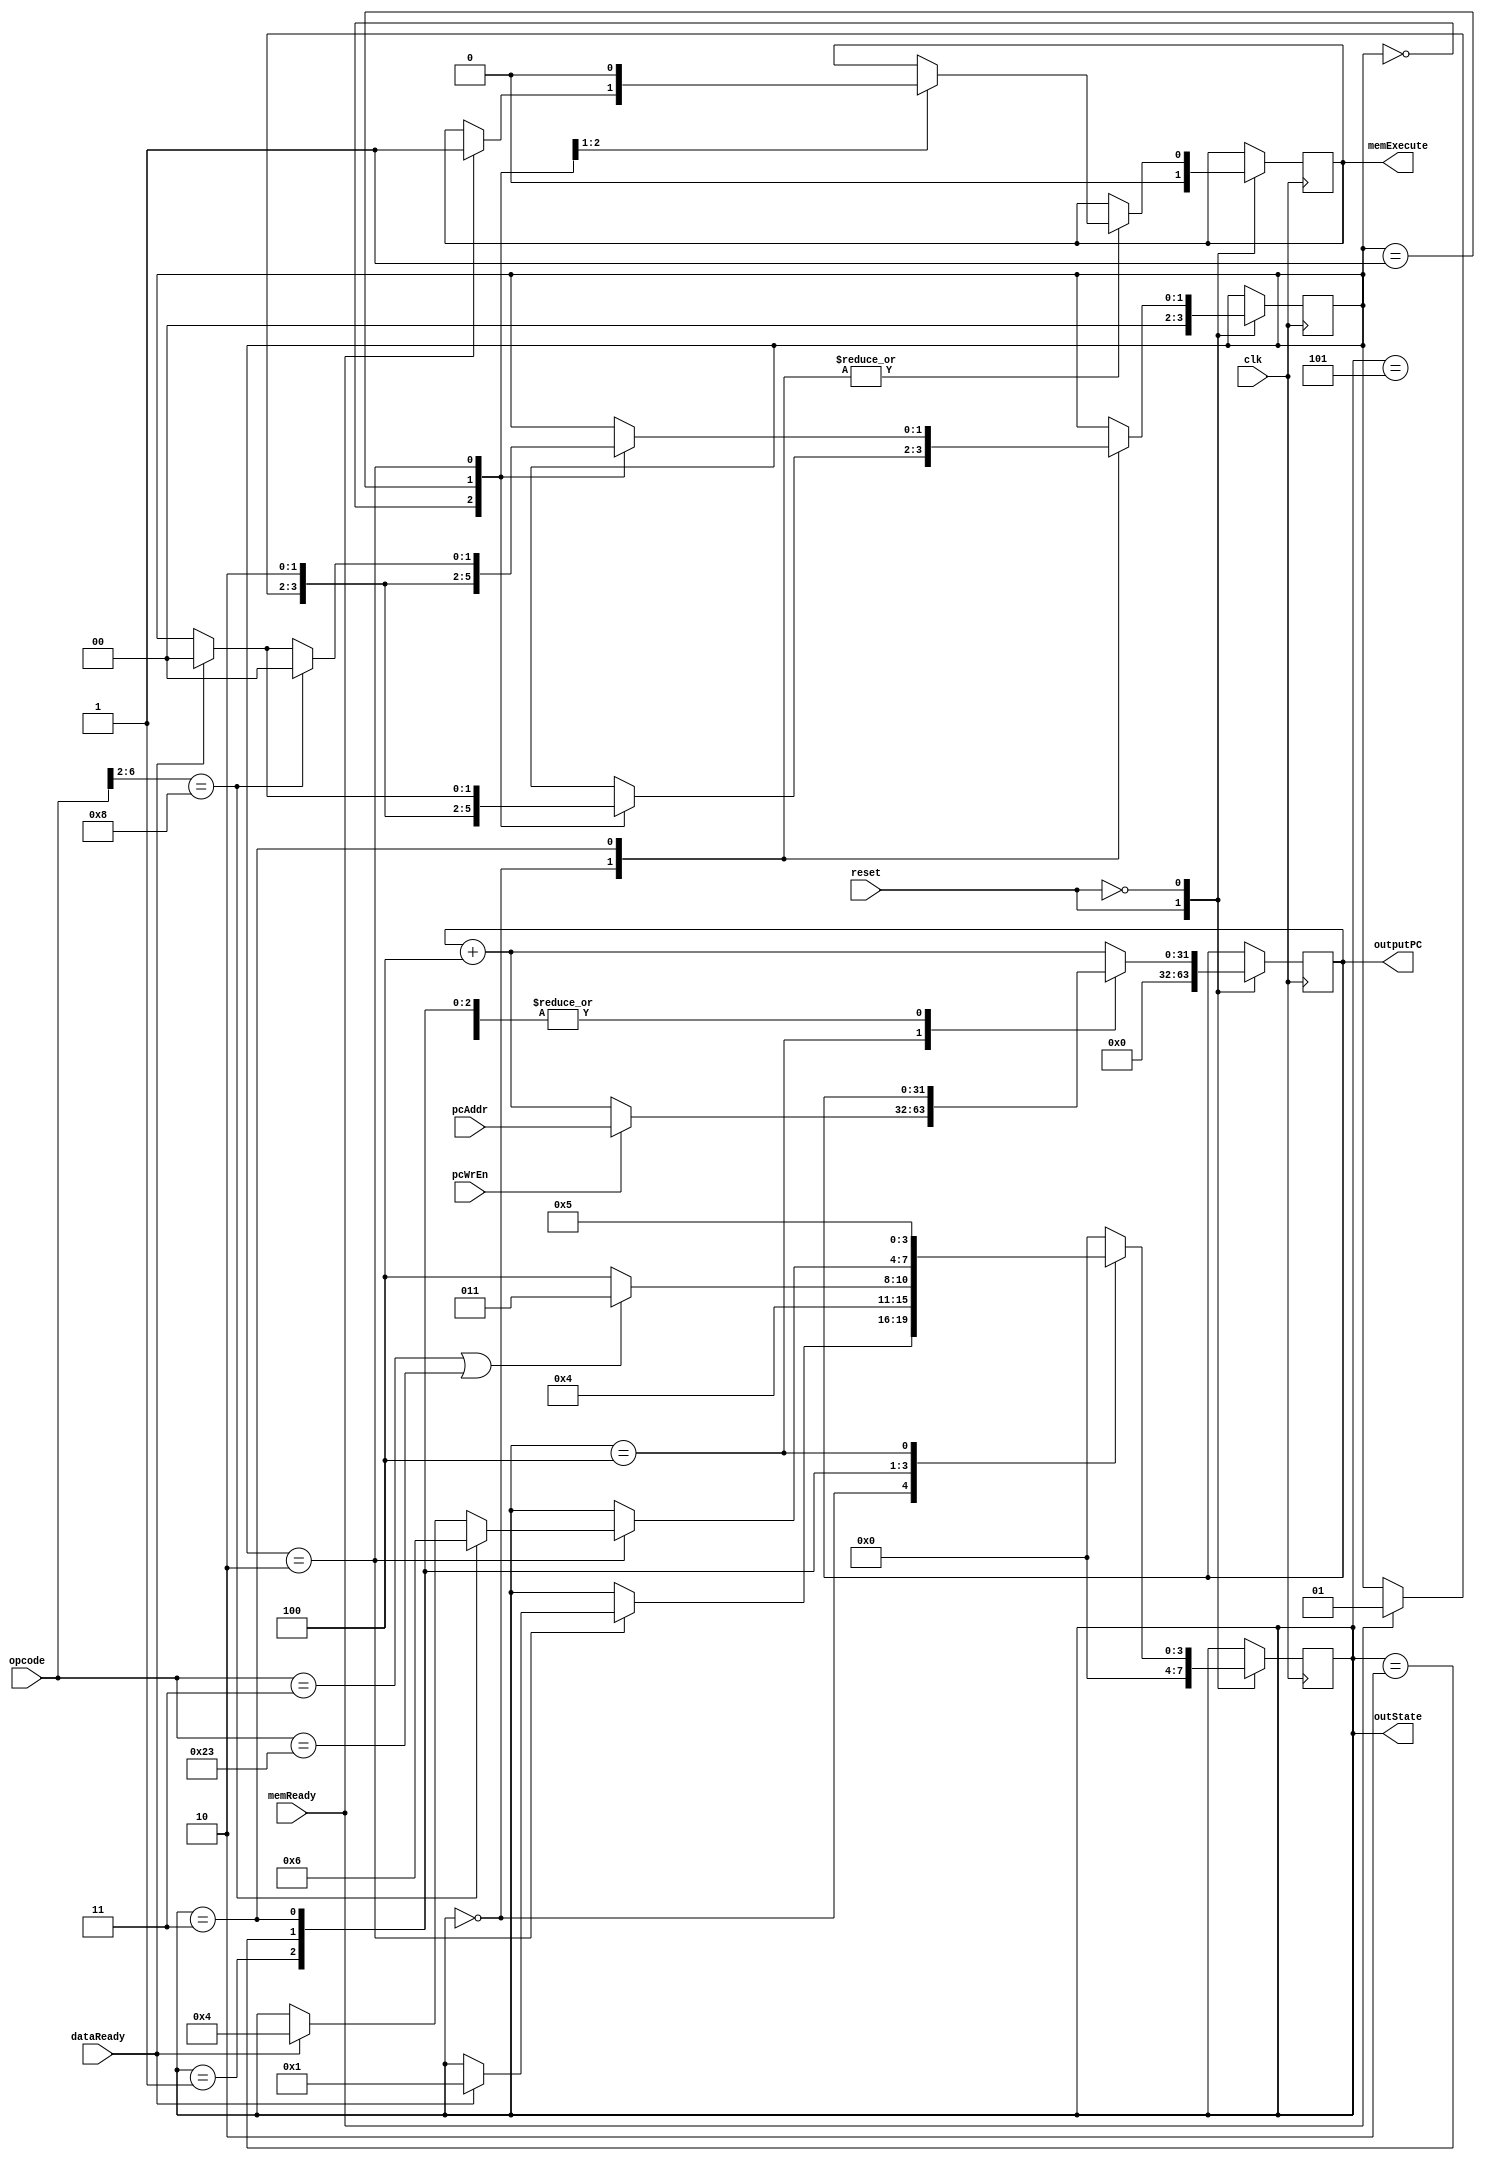
module controlUnit(
    input wire clk,
    input wire reset,
    input wire [6:0] opcode,
    input wire [31:0] pcAddr,
    input wire pcWrEn,

    input wire memReady,
    input wire dataReady,
    output reg memExecute,

    output wire [3:0] outState,
    output wire [31:0] outputPC
);

reg [31:0] PC = 32'h0; //Program counter
reg [3:0] state = 4'h0;
reg [1:0] memState = 2'h0;

assign outState = state;

always @(posedge clk) begin
    case(reset)
        1'b1: begin
            state <= 4'h0;
            PC <= 32'h0; //Initial value, change this
            memState <= 2'h0;
            memExecute <= 1'b0;
        end
        1'b0: begin
            case(state)
                4'b0000: begin //Fetch
                    case(memState)
                        2'b00: begin //Wait for mem to be ready for operations
                            if(memReady == 1'b1) begin
                                memState <= 2'b01;
                                memExecute <= 1'b1;
                            end
                        end
                        2'b01: begin //Release the execute signal and advance
                            memExecute <= 1'b0;
                            memState <= 2'b010;
                        end
                        2'b10: begin //Wait for the data to be ready
                            if(dataReady == 1'b1) begin //Advance to the next stage if true
                                state <= 4'b0001;
                                memState <= 2'b000;
                            end
                        end
                        default: begin
                            
                        end
                    endcase
                end
                4'b0001: begin //Decode, done by another module
                    state <= 4'b0010;
                end
                4'b0010: begin //Execute, done by the alu
                    if(opcode == 7'b0000011 || opcode == 7'b0100011)
                        state <= 4'b0011; //If load or store goto mem stage
                    else
                        state <= 4'b0100; //Else we don't need to write or load to mem
                end
                4'b0011: begin //Memory stage, to be done
                    case(memState)
                        2'b00: begin //Wait for mem to be ready for operations
                            if(memReady == 1'b1) begin
                                memState <= 2'b01;
                                memExecute <= 1'b1;
                            end
                        end
                        2'b01: begin //Release the execute signal and advance
                            memExecute <= 1'b0;
                            memState <= 2'b10;
                        end
                        2'b10: begin
                            if(opcode[6:2] == 5'b01000) begin
                                memState <= 2'b00;
                                state <= 4'b0110; //One delay stage
                            end
                            else if(dataReady == 1'b1) begin
                                memState <= 2'b00;
                                state <= 4'b0100;
                            end
                        end
                        default: begin
                            
                        end
                    endcase
                end
                4'b0100: begin //Writeback stage
                    state <= 4'b0101;
                    if(pcWrEn == 1'b1) begin
                        PC <= pcAddr;
                    end
                    else begin
                        PC <= PC + 31'h4; //Instruction size, continue normal execution
                    end
                end
                4'b0101: begin
                    state <= 4'b0000;
                end
                //TODO, interrupts
                default: begin
                    state <= 4'b0000;
                    PC <= PC + 31'h4; //Stores always increments pc
                end
            endcase
        end
    endcase
end

assign outputPC = PC;

endmodule